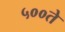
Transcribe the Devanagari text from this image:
५००ते